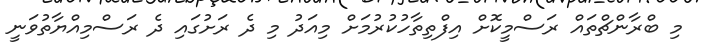
މި ބްރާންޗްތައް ރަސްމީކޮށް އިފްތިތާހުކުރުމަށް މިއަދު މި ދެ ރަށުގައި ދެ ރަސްމިއްޔާތުވަނީ